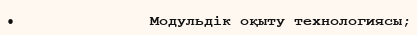
•               Модульдік оқыту технологиясы;